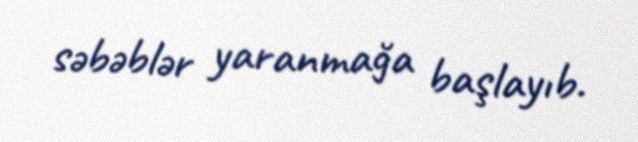
səbəblər yaranmağa başlayıb.